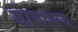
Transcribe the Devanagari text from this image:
योगपत्य